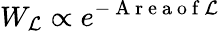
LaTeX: W_{\mathcal{L}}\propto e^{-\mathrm{~A~r~e~a~o~f~}\mathcal{L}}